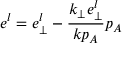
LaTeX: e ^ { l } = e _ { \perp } ^ { l } - \frac { k _ { \perp } e _ { \perp } ^ { l } } { k p _ { A } } p _ { A }